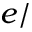
e /